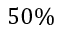
5 0 \%